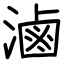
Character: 滷